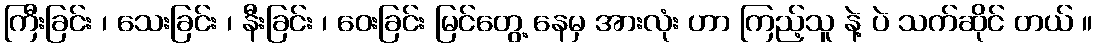
ကြီးခြင်း ၊ သေးခြင်း ၊ နီးခြင်း ၊ ဝေးခြင်း မြင်တွေ့ နေမှ အားလုံး ဟာ ကြည့်သူ နဲ့ ပဲ သက်ဆိုင် တယ် ။